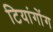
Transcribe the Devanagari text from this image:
टियांगोंग